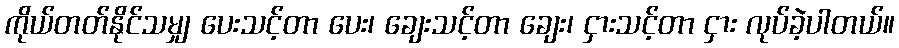
ကိုယ်တတ်နိုင်သမျှ ပေးသင့်တာ ပေး၊ ချေးသင့်တာ ချေး၊ ငှားသင့်တာ ငှား လုပ်ခဲ့ပါတယ်။